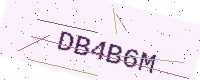
Text: DB4B6M